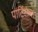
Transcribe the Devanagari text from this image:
पार्टिसेला